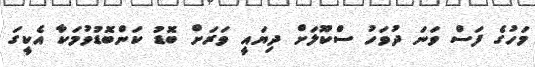
މަހުގެ ފަސް ވަނަ ދުވަހު ސްކޫލަށް ދިޔައީ ވަރަށް ބޮޑު ކަންބޮޑުވުމަކާާ އެކީގަ